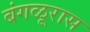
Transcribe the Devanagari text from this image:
बंगळूरास